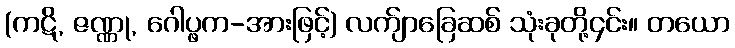
(ကဋိ, ဇဏ္ဏု, ဂေါပ္ဖက-အားဖြင့်) လက်ျာခြေဆစ် သုံးခုတို့၄င်း။ တယော